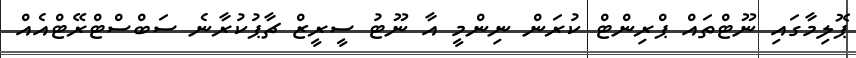
ޕޮލިމާގައި ނޫޓްތައް ޕްރިންޓް ކުރަން ނިންމީ އާ ނޫޓު ސީރީޒް ޗާޕުކުރާނެ ސަބްސްޓްރޭޓްއެއް